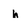
Character: h